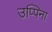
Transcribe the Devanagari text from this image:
उप्पिना